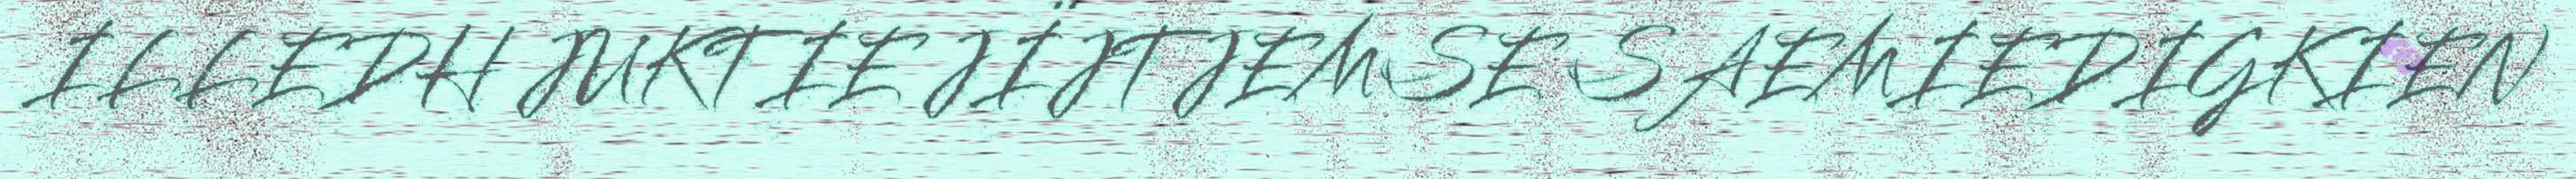
ILLEDH JUKTIE JÏJTJEMSE SAEMIEDIGKIEN